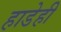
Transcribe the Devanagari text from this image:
हाडेही